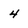
Character: 4